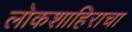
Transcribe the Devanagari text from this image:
लोकशाहिराचा